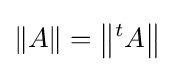
\|A\|=\left\|{}^{t}A\right\|